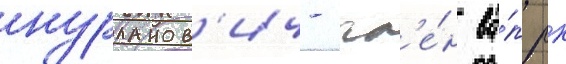
нурланов'ич- чл'е́н ва́п рк